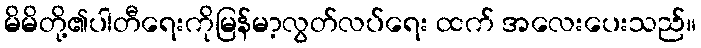
မိမိတို့၏ပါတီရေးကိုမြန်မာ့လွတ်လပ်ရေး ထက် အလေးပေးသည်။